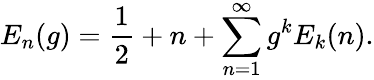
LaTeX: E_{n}(g)=\frac{1}{2}+n+\sum_{n=1}^{\infty}g^{k}E_{k}(n).